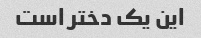
این یک دختر است